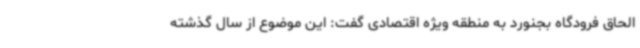
الحاق فرودگاه بجنورد به منطقه ویژه اقتصادی گفت: این موضوع از سال گذشته